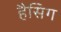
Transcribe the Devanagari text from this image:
हैसिग